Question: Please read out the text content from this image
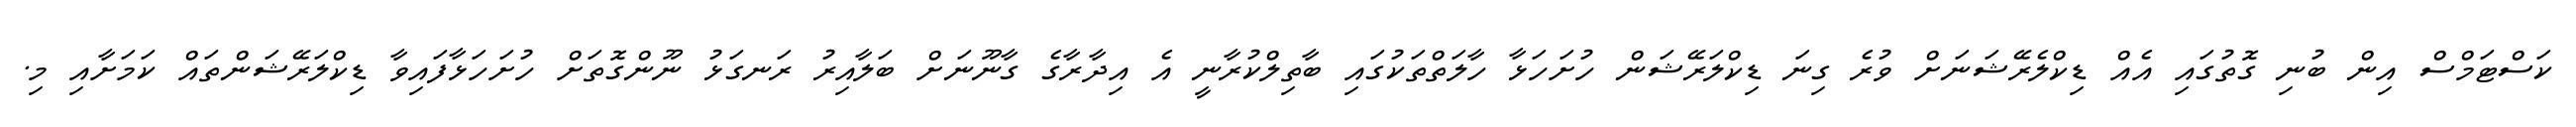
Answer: ކަސްޓަމްސް އިން ބުނި ގޮތުގައި އެއް ޑިކްލެރޭޝަނަށް ވުރެ ގިނަ ޑިކްލަރޭޝަން ހުށަހަޅާ ހާލަތްތަކުގައި ބާތިލްކުރާނީ އެ އިދާރާގެ ގާނޫނަށް ބަލާއިރު ރަނގަޅު ނޫންގޮތަށް ހުށަހަޅާފައިވާ ޑިކްލަރޭޝަންތައް ކަމަށާއި މި.